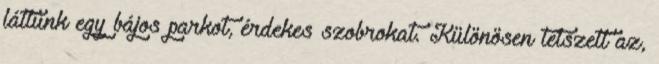
láttunk egy bájos parkot, érdekes szobrokat. Különösen tetszett az,